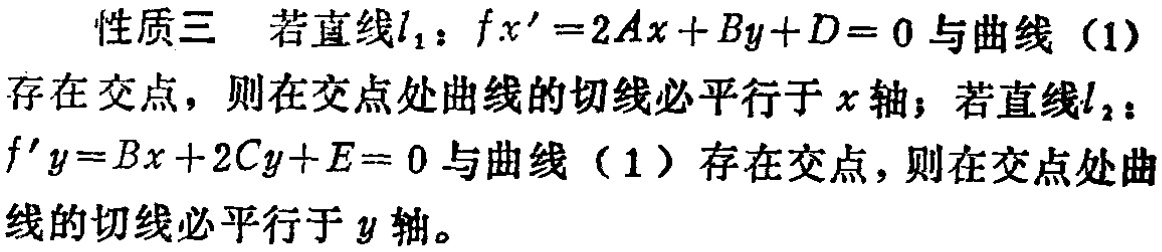
性质三 若直线\(l_{1}\)：\(f x^{\prime}=2Ax + By+D = 0\)与曲线（1）存在交点，则在交点处曲线的切线必平行于\(x\)轴；若直线\(l_{2}\)：\(f^{\prime}y = Bx + 2Cy+E = 0\)与曲线（1）存在交点，则在交点处曲线的切线必平行于\(y\)轴。